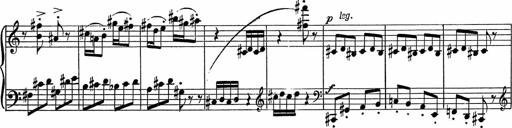
Title: 3Ã¨me Sonatine
Composer: Raffaele d' Alessandro